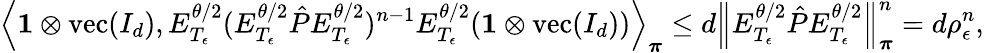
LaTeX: \left\langle\mathbf{1}\otimes\operatorname{vec}(I_{d}),E_{T_{\epsilon}}^{\theta/2}(E_{T_{\epsilon}}^{\theta/2}\hat{P}E_{T_{\epsilon}}^{\theta/2})^{n-1}E_{T_{\epsilon}}^{\theta/2}(\mathbf{1}\otimes\operatorname{vec}(I_{d}))\right\rangle_{\boldsymbol\pi}\leq d\left\lVert E_{T_{\epsilon}}^{\theta/2}\hat{P}E_{T_{\epsilon}}^{\theta/2}\right\rVert_{\boldsymbol\pi}^{n}=d\rho_{\epsilon}^{n},